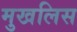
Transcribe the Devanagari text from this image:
मुखलिस